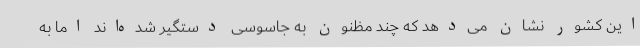
این کشور نشان می‌دهد که چند مظنون به جاسوسی دستگیر شده‌اند اما به